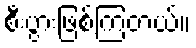
စီးပွားဖြစ်ကြတယ်။